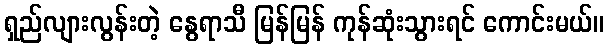
ရှည်လျားလွန်းတဲ့ နွေရာသီ မြန်မြန် ကုန်ဆုံးသွားရင် ကောင်းမယ်။